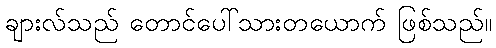
ချားလ်သည် တောင်ပေါ်သားတယောက် ဖြစ်သည်။